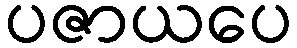
ပဇာယပေ